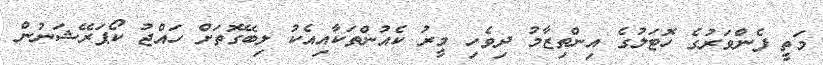
މަތީ ފެންވަރުގެ ހޮޓަލުގެ އިންތިޒާމު ދިވެހި މީރު ކެއުންތަކާއިއެކު ލިބޭގޮތަށް ހައްޖު ކޯޕަރޭޝަނުން